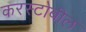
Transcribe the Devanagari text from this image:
करस्टोबील